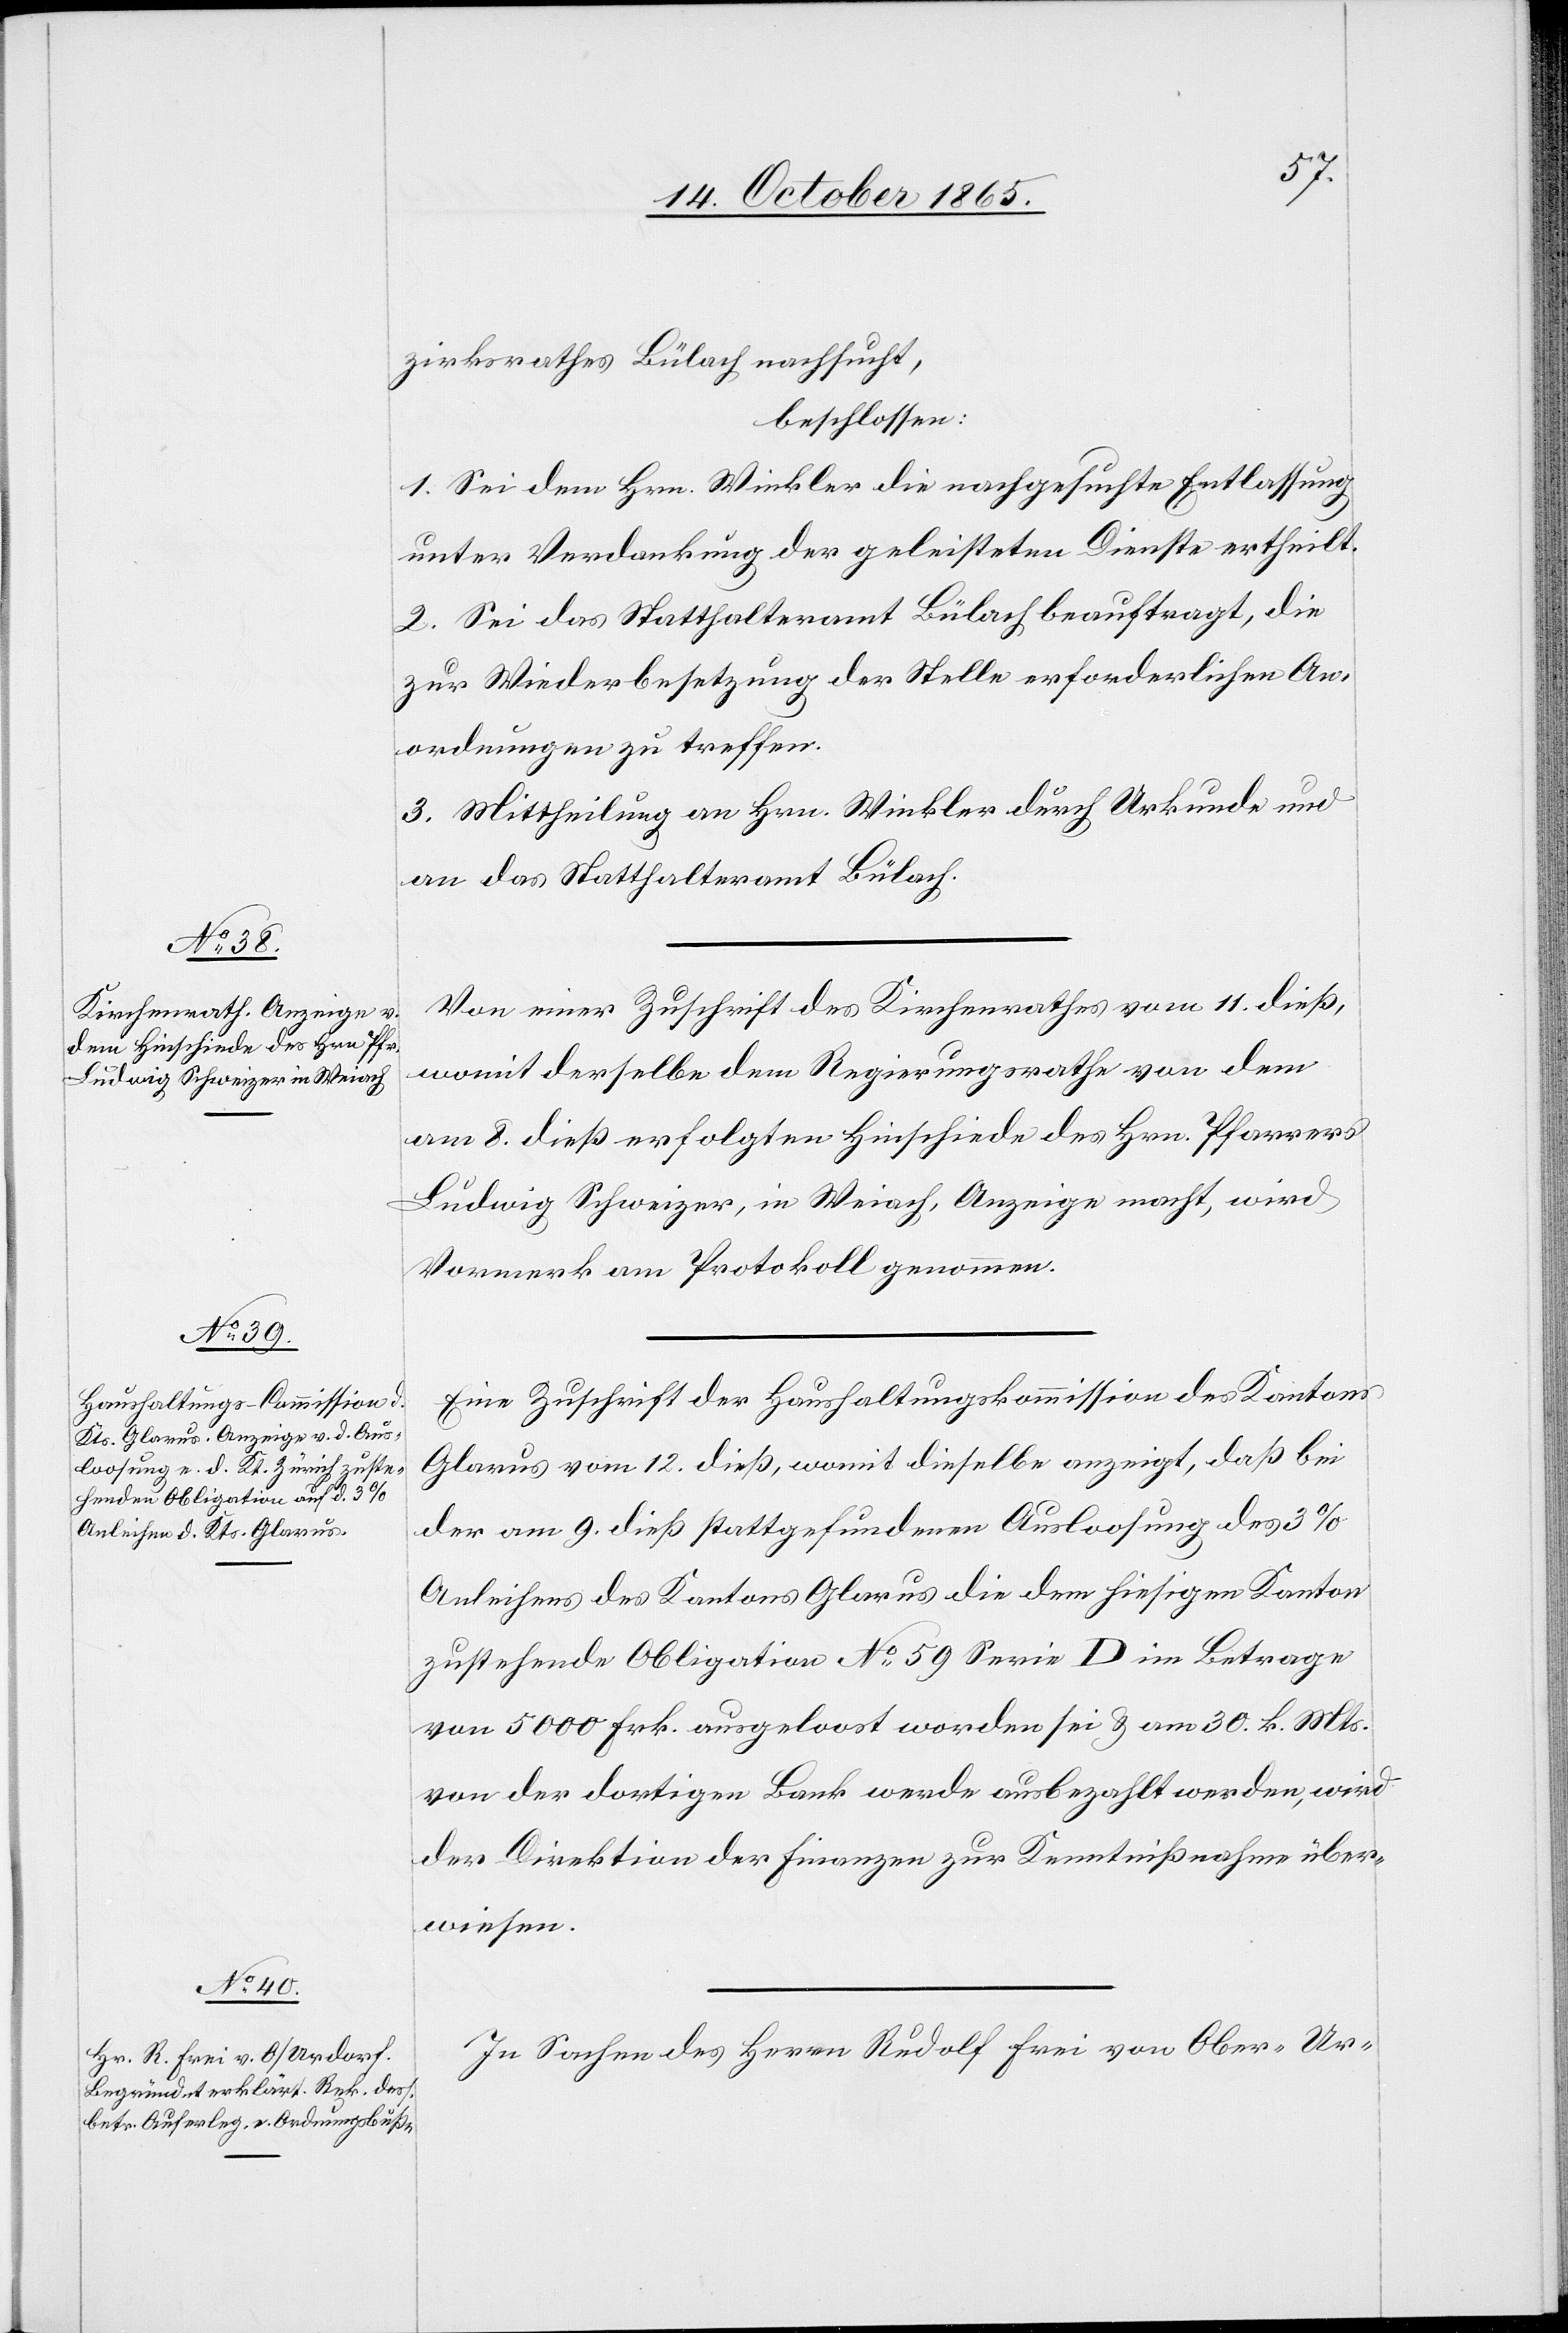
zirksrathes Bülach ersucht,
beschlossen:
1. Sei dem Hrn. Winkler die nachgesuchte Entlassung
unter Verdankung der geleisteten Dienste ertheilt.
2. Sei das Statthalteramt Bülach beauftragt, die
zur Wiederbesetzung der Stelle erforderlichen An¬
ordnungen zu treffen.
3. Mittheilung an Hrn. Winkler durch Urkunde und
an das Statthalteramt Bülach.
Von einer Zuschrift des Kirchenrathes vom 11. dieß,
womit derselbe dem Regierungsrathe von dem
am 8. dieß erfolgten Hinschiede des Hrn. Pfarrers
Ludwig Schweizer, in Weiach, Anzeige macht, wird
Vormerk am Protokoll genommen.
Eine Zuschrift der Haushaltungskommission des Kantons
Glarus vom 12. dieß, womit dieselbe anzeigt, daß bei
der am 9. dieß stattgefundenen Ausloosung des 3%
Anleihens des Kantons Glarus die dem hiesigen Kanton
zustehende Obligation No 59 Serie D im Betrage
von 5000 Frk. ausgeloost worden sei & am 30 k. Mts.
von der dortigen Bank werde ausbezahlt werden, wird
der Direktion der Finanzen zur Kenntnißnahme über¬
wiesen.
In Sachen des Herrn Rudolf Frei von Ober-Ur-